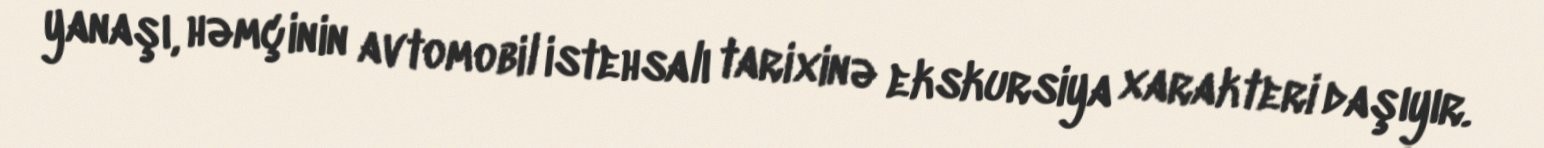
yanaşı, həmçinin avtomobil istehsalı tarixinə ekskursiya xarakteri daşıyır.